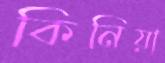
কিনিয়া